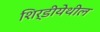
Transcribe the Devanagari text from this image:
शिर्डीयेथील